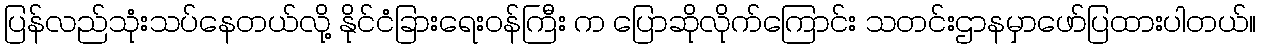
ပြန်လည်သုံးသပ်နေတယ်လို့ နိုင်ငံခြားရေးဝန်ကြီး က ပြောဆိုလိုက်ကြောင်း သတင်းဌာနမှာဖော်ပြထားပါတယ်။